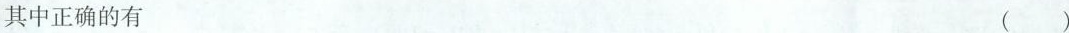
其中正确的有 ( )